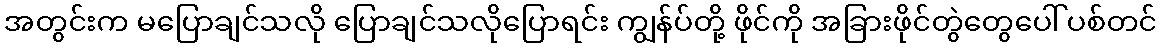
အတွင်းက မပြောချင်သလို ပြောချင်သလိုပြောရင်း ကျွန်ပ်တို့ ဖိုင်ကို အခြားဖိုင်တွဲတွေပေါ် ပစ်တင်